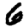
Digit: 6